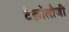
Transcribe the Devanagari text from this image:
टैक्नॉलौजी